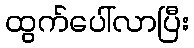
ထွက်ပေါ်လာပြီး